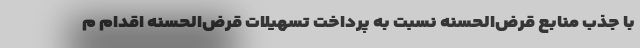
با جذب منابع قرض‌الحسنه نسبت به پرداخت تسهیلات قرض‌الحسنه اقدام م